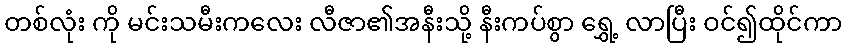
တစ်လုံး ကို မင်းသမီးကလေး လီဇာ၏အနီးသို့ နီးကပ်စွာ ရွှေ့ လာပြီး ဝင်၍ထိုင်ကာ